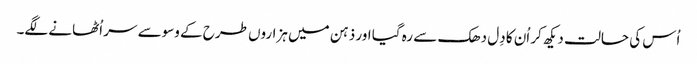
اُس کی حالت دیکھ کر اُن کا دِل دھک سے رہ گیا اور ذہن میں ہزاروں طرح کے وسوسے سر اُٹھانے لگے۔